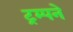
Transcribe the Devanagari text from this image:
ट्रम्पने